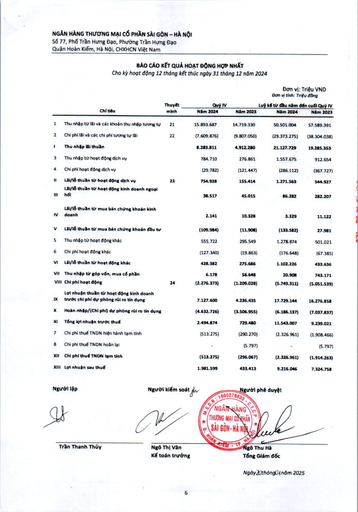
||Thuyết|Quý IV||Lũy kế từ đầu năm đến|cuối Quý IV| |---|---|---|---|---|---| |Chỉ tiêu|minh|Năm 2024|Năm 2023|Năm 2024|Năm 2023| |1 Thu nhập từ lãi và các khoản thu nhập tương tự|21|15.893.687|14.719.330|50.501.004|57.589.391| |2 Chi phí lãi và các chi phí tương tự lãi|22|(7.609.876)|(9.807.050)|(29.373.275)|(38.304.038)| |I Thu nhập lãi thuần||8.283.811|4.912.280|21.127.729|19.285.353| |3 Thu nhập từ hoạt động dịch vụ||784.710|276.861|1.557.675|912.654| |4 Chi phí hoạt động dịch vụ||(29.782)|(121.447)|(286.112)|(367.727)| |= Lãi/lỗ thuần từ hoạt động dịch vụ|23|754.928|155.414|1.271.563|544.927| |Lãi/lỗ thuần từ hoạt động kinh doanh ngoại hối||38.517|45.015|86.282|282.207| |Lãi/lỗ thuần từ mua bán chứng khoán kinh doanh||2.141|10.328|3.329|11.122| |V Lãi/lỗ thuần từ mua bán chứng khoán đầu tư||(109.984)|(11.908)|(133.582)|27.981| |5 Thu nhập từ hoạt động khác||555.722|295.549|1.278.874|501.021| |6 Chi phí hoạt động khác||(127.340)|(19.863)|(176.648)|(67.385)| |VI Lãi/lỗ thuần từ hoạt động khác||428.382|275.686|1.102.226|433.636| |VII Thu nhập từ góp vốn, mua cổ phần||6.178|58.648|20.908|743.171| |VIII Chi phí hoạt động|24|(2.276.373)|(1.209.028)|(5.749.311)|(5.051.539)| |Lợi nhuận thuần từ hoạt động kinh doanh IX trước chi phí dự phòng rủi ro tín dụng||7.127.600|4.236.435|17.729.144|16.276.858| |X Hoàn nhập/(Chi phí) dự phòng rủi ro tín dụng||(4.632.726)|(3.506.955)|(6.186.137)|(7.037.837)| |XI Tổng lợi nhuận trước thuế||2.494.874|729.480|11.543.007|9.239.021| |7 Chi phí thuế TNDN hiện hành tạm tính||(513.275)|(290.270)|(2.326.961)|(1.908.466)| |8 Chi phí thuế TNDN hoãn lại||-|(5.797)|-|(5.797)| |XII Chi phí thuế TNDN tạm tính||(513.275)|(296.067)|(2.326.961)|(1.914.263)| |XIII Lợi nhuận sau thuế||1.981.599|433.413|9.216.046|7.324.758|